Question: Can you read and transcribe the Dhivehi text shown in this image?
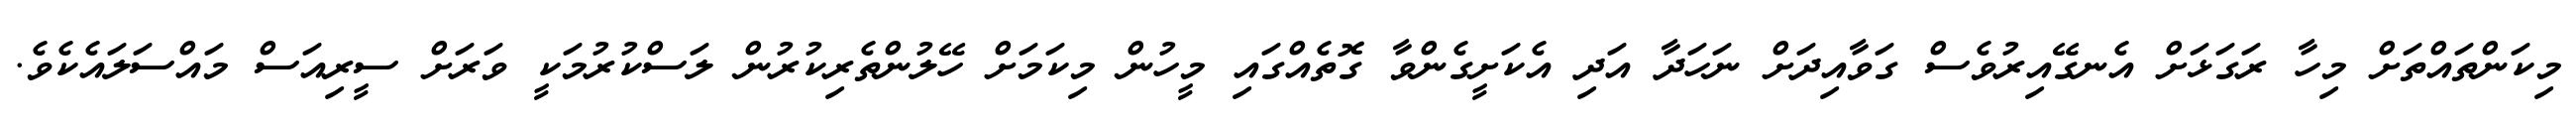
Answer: މިކަންތައްތަށް މިހާ ރަގަޅަށް އެނގޭއިރުވެސް ގަވާއިދަށް ނަހަދާ އަދި އެކަށީގެންވާ ގޮތެއްގައި މީހުން މިކަމަށް ހޭލުންތެރިކުރުން ލަސްކުރުމަކީ ވަރަށް ސީރިއަސް މައްސަލައެކެވެ.